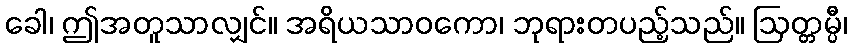
ခေါ၊ ဤအတူသာလျှင်။ အရိယသာဝကော၊ ဘုရားတပည့်သည်။ ဩတ္တမ္ပီ၊